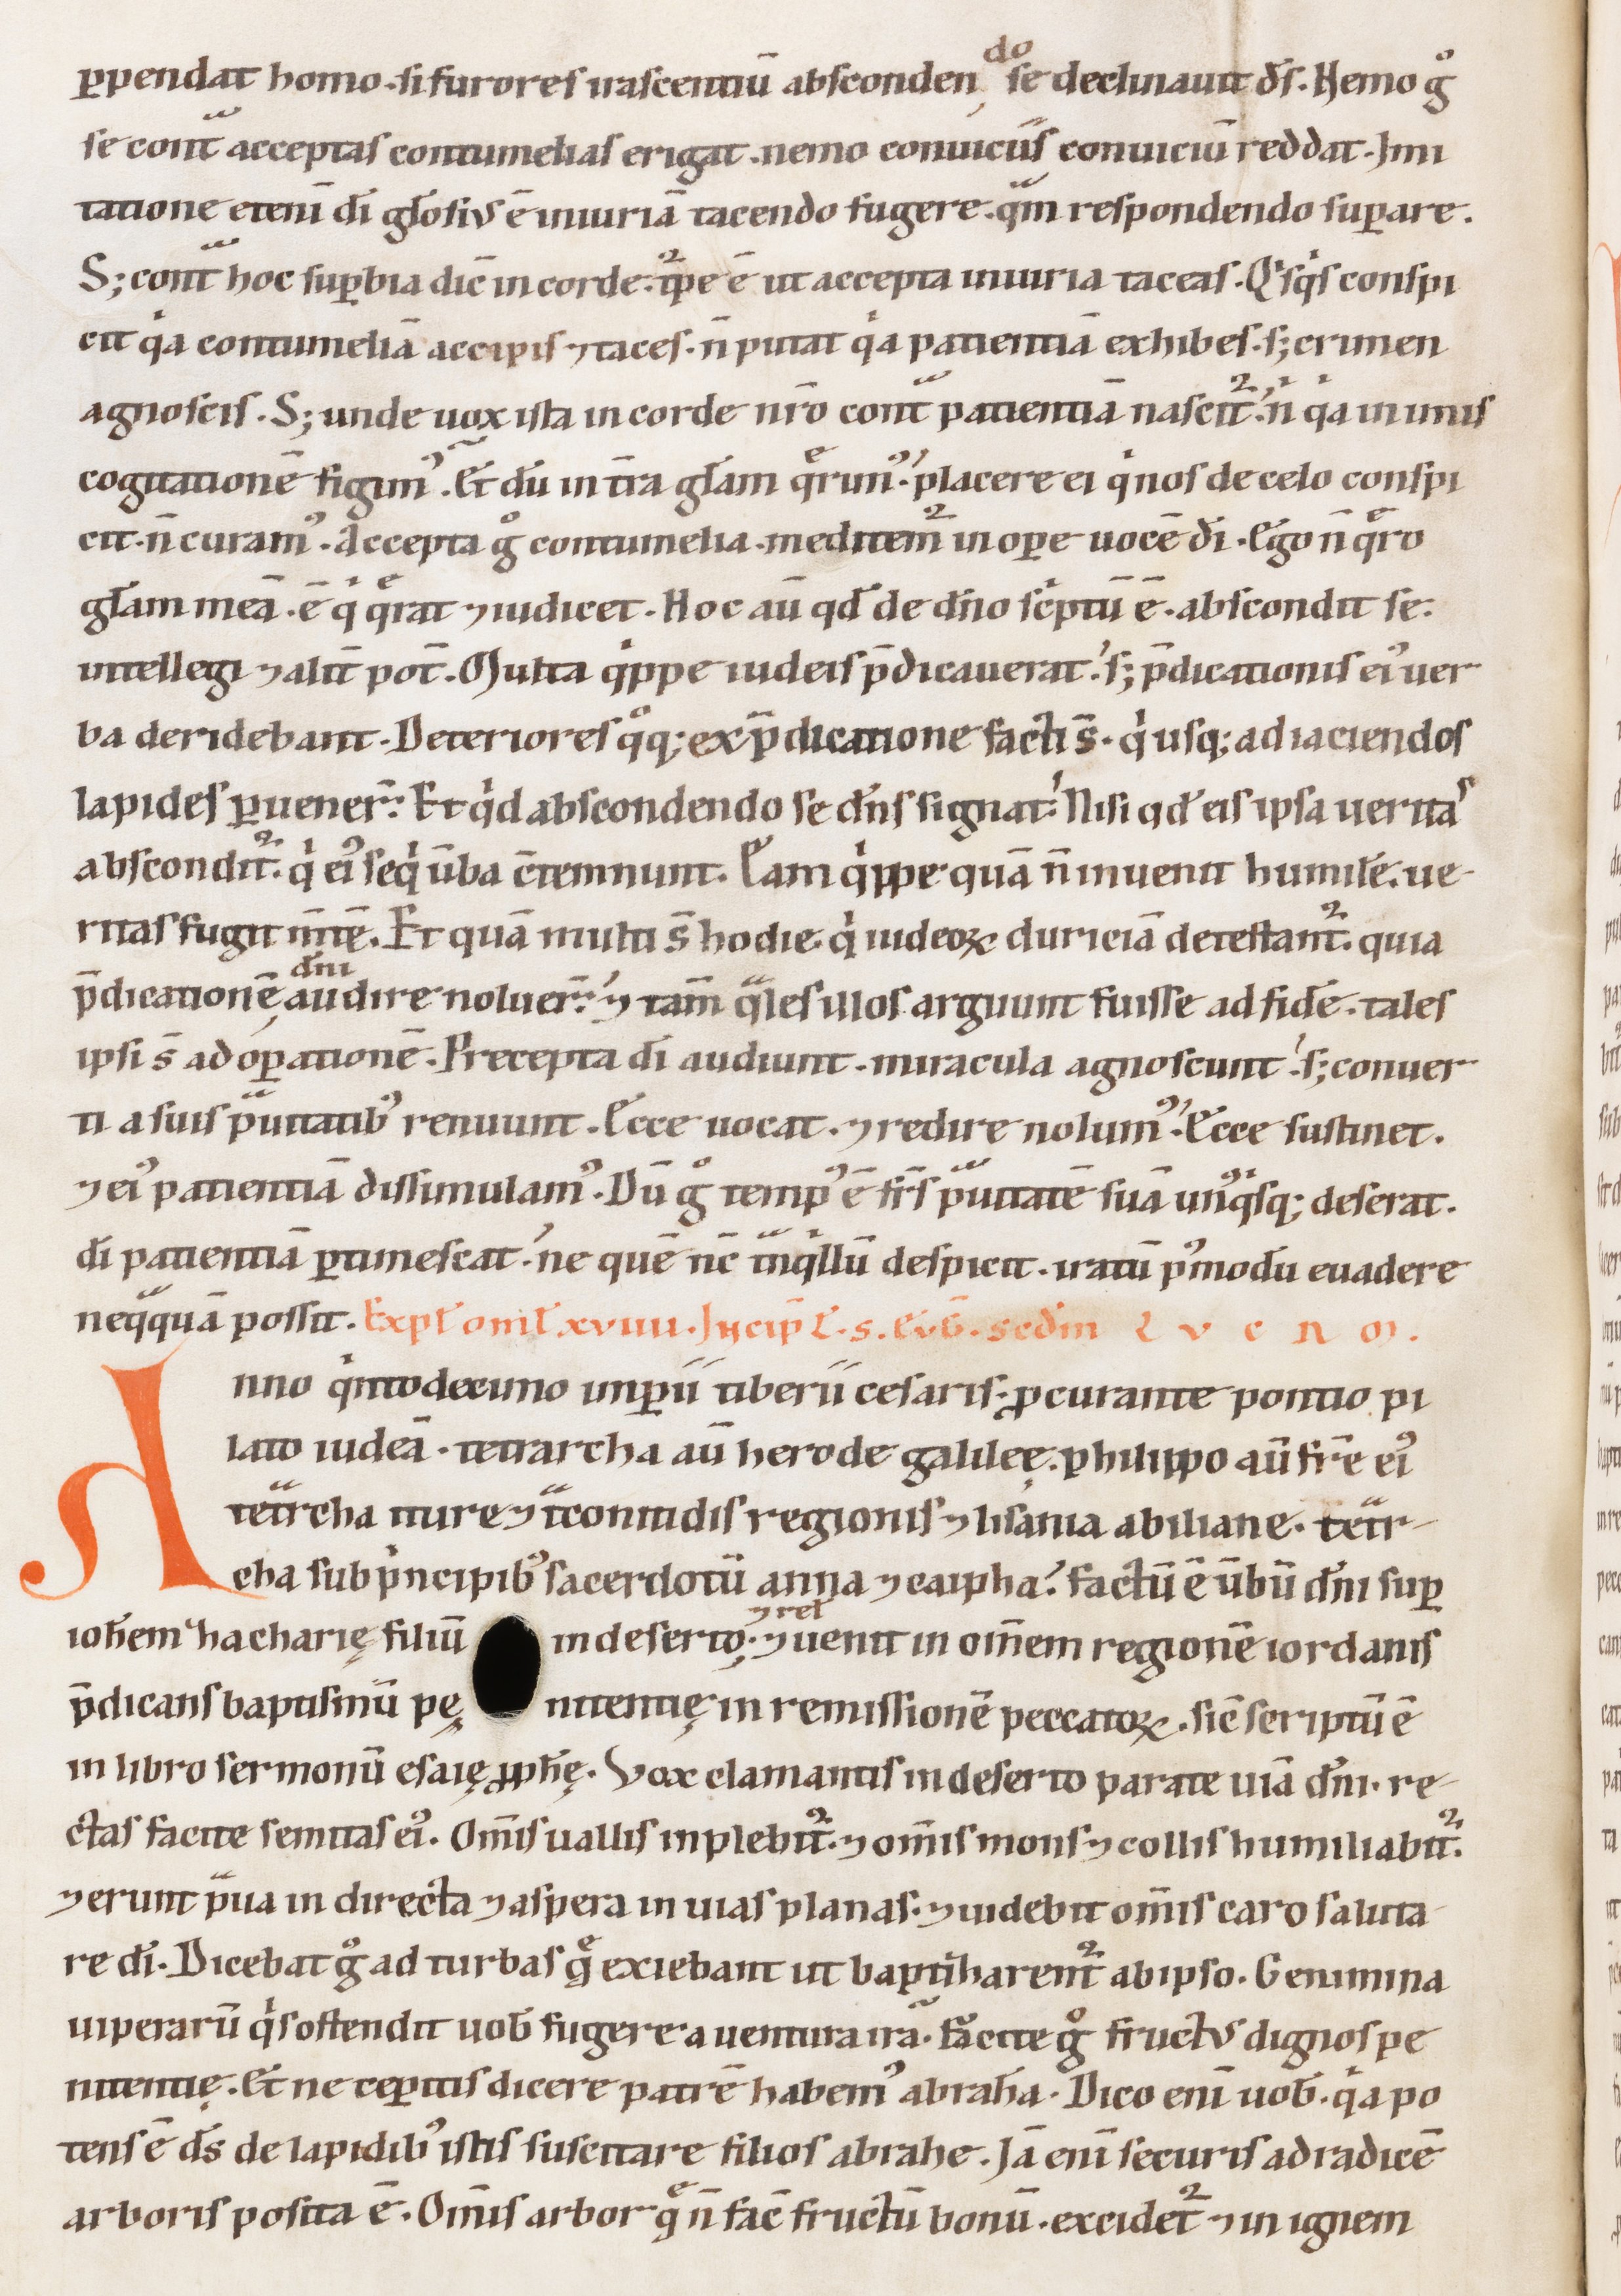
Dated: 1147–1178